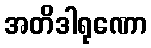
အတိဒါရုဏော